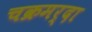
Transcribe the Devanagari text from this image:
चक्रमर्दा